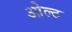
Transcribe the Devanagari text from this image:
ओल्ट